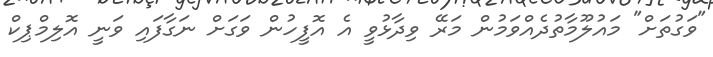
"ވަގުތަށް" މައުލޫމާތުދެއްވަމުން މަރޭ ވިދާޅުވީ އެ އޮފީހުން ވަގަށް ނަގާފައި ވަނީ އޮލިމްޕިކް